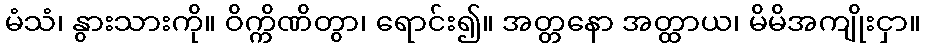
မံသံ၊ နွားသားကို။ ဝိက္ကိဏိတွာ၊ ရောင်း၍။ အတ္တနော အတ္ထာယ၊ မိမိအကျိုးငှာ။